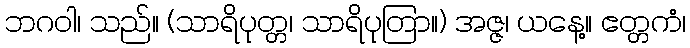
ဘဂဝါ၊ သည်။ (သာရိပုတ္တ၊ သာရိပုတြာ။) အဇ္ဇ၊ ယနေ့။ ဧတ္တကံ၊